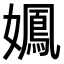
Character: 𫲉